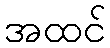
အထင်